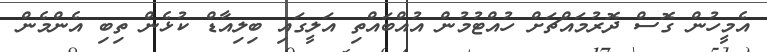
އެމީހުން ގޮސް ދޮރުމައްޗަށް ހުއްޓުމުން އުއްބައްތި އަލީގައި ބިލިއާޑް ކުޅެން ތިބި އެންމެން